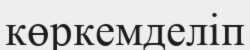
көркемделіп